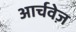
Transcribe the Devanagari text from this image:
आर्चवेज़